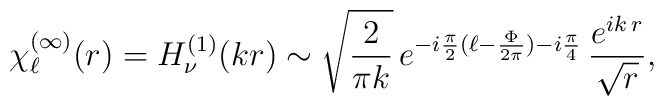
\chi^{(\infty)}_\ell(r)= H_\nu^{(1)}(kr) \sim \sqrt{\frac{2}{\pi k}}\, e^{-i\frac{\pi }{2}(\ell-\frac{\Phi}{2\pi}) - i \frac{\pi}{4}} \,\frac{e^{i k\,r}}{\sqrt{r}},